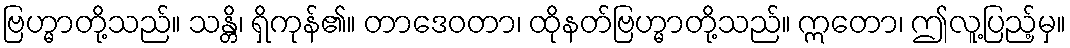
ဗြဟ္မာတို့သည်။ သန္တိ၊ ရှိကုန်၏။ တာဒေဝတာ၊ ထိုနတ်ဗြဟ္မာတို့သည်။ ဣတော၊ ဤလူ့ပြည့်မှ။